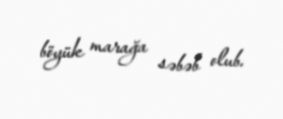
böyük marağa səbəb olub.